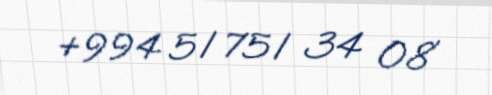
+994 51 751 34 08